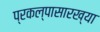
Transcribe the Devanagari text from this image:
प्रकल्पासारख्या